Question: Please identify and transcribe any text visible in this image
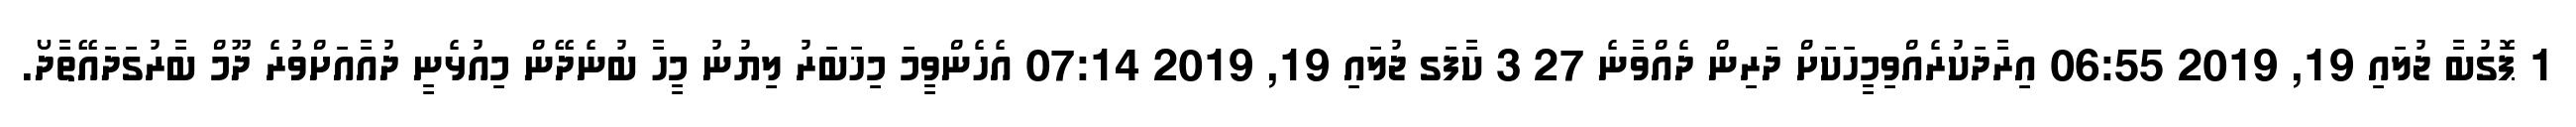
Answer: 1 ޕޮގުބާ ޖުލައި 19, 2019 06:55 އިރާދަކުރެއްވިމީހަކަށް ދަރިން ދެއްވާނެ 27 3 ކާފަގ ޖުލައި 19, 2019 07:14 އެހެންވީމަ މިޚަބަރު ލިޔުނު މީހާ ބުނެދޭން މިއުޅެނީ ދުއާއަށްވުރެ ދޫމް ބާރުގަދައޭތާދޯ.